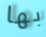
بها